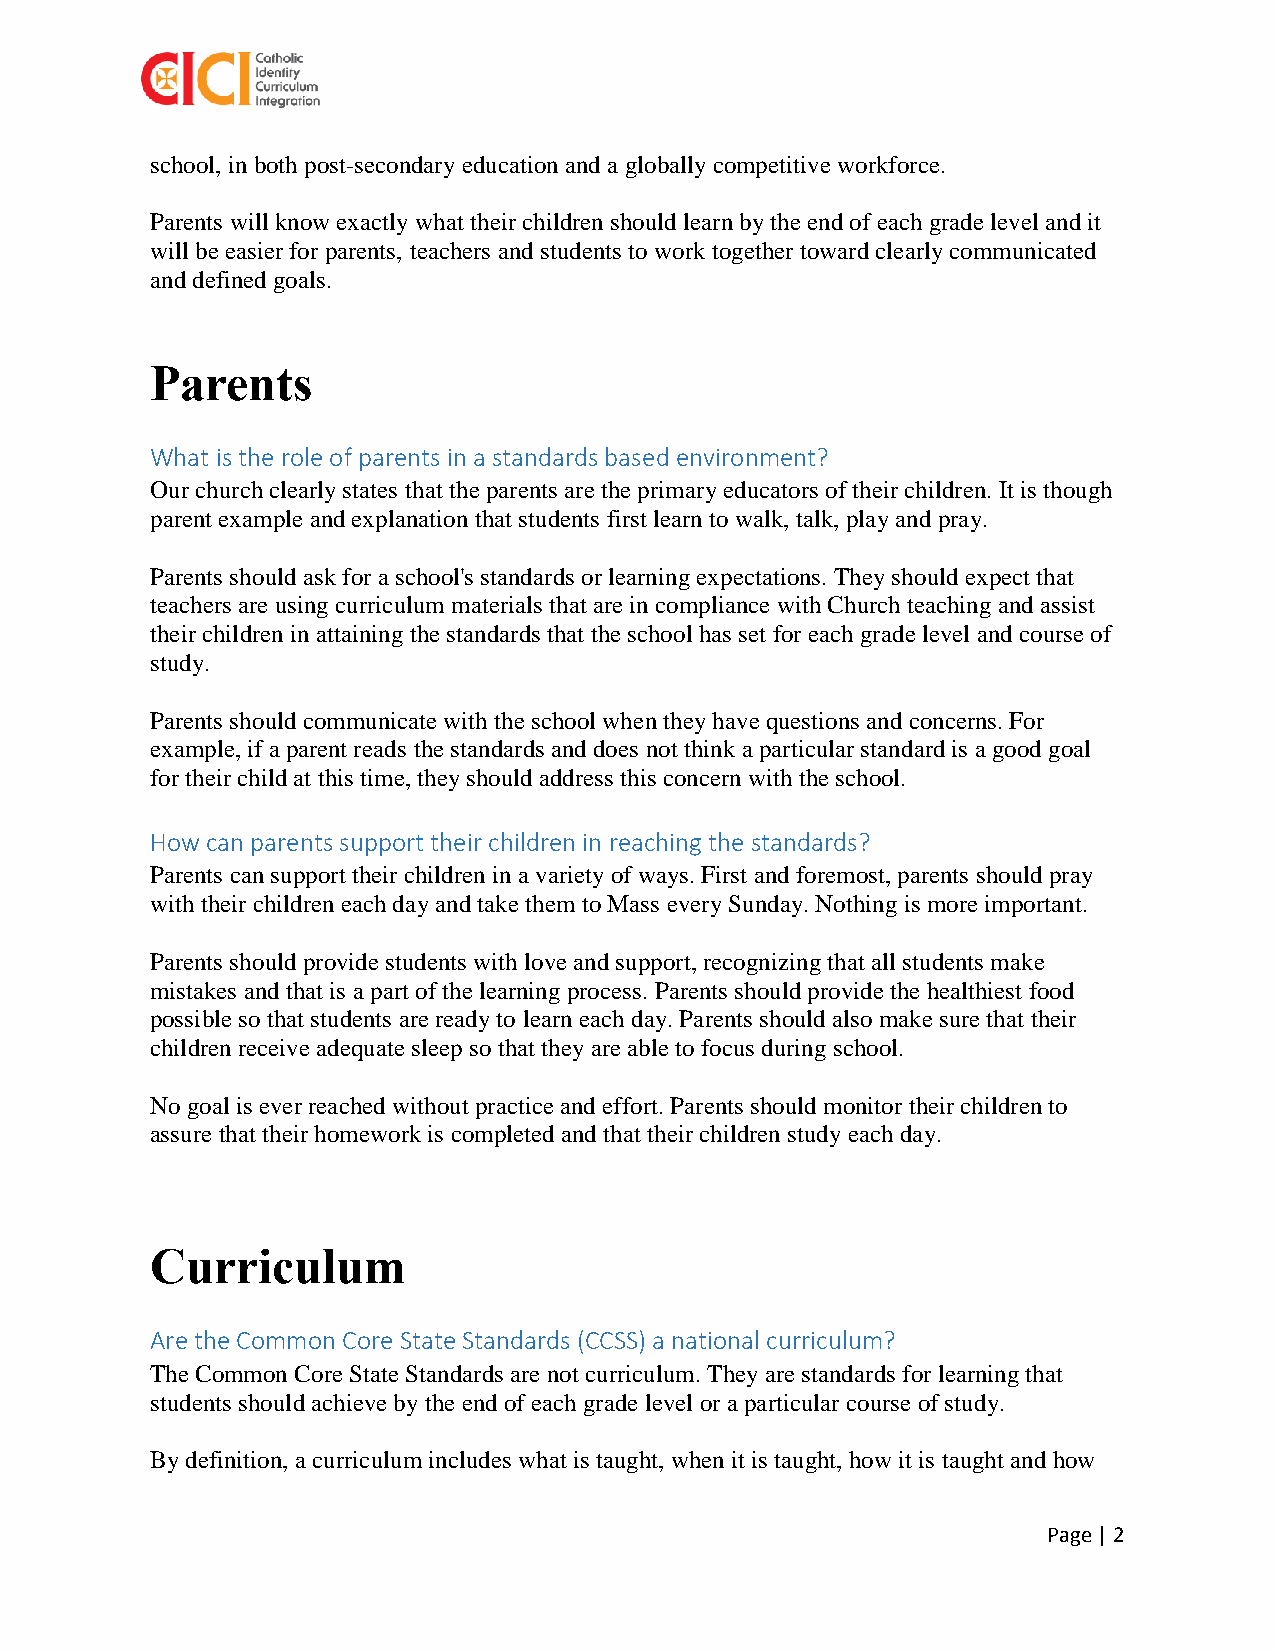
school, in both post-secondary education and a globally competitive workforce.
 Parents will know exactly what their children should learn by the end of each grade level and it
 will be easier for parents, teachers and students to work together toward clearly communicated
 and defined goals.
 Parents
 What is the role of parents in a standards based environment?
 Our church clearly states that the parents are the primary educators of their children. It is though
 parent example and explanation that students first learn to walk, talk, play and pray.
 Parents should ask for a school's standards or learning expectations. They should expect that
 teachers are using curriculum materials that are in compliance with Church teaching and assist
 their children in attaining the standards that the school has set for each grade level and course of
 study.
 Parents should communicate with the school when they have questions and concerns. For
 example, if a parent reads the standards and does not think a particular standard is a good goal
 for their child at this time, they should address this concern with the school.
 How can parents support their children in reaching the standards?
 Parents can support their children in a variety of ways. First and foremost, parents should pray
 with their children each day and take them to Mass every Sunday. Nothing is more important.
 Parents should provide students with love and support, recognizing that all students make
 mistakes and that is a part of the learning process. Parents should provide the healthiest food
 possible so that students are ready to learn each day. Parents should also make sure that their
 children receive adequate sleep so that they are able to focus during school.
 No goal is ever reached without practice and effort. Parents should monitor their children to
 assure that their homework is completed and that their children study each day.
 Curriculum
 Are the Common Core State Standards (CCSS) a national curriculum?
 The Common Core State Standards are not curriculum. They are standards for learning that
 students should achieve by the end of each grade level or a particular course of study.
 By definition, a curriculum includes what is taught, when it is taught, how it is taught and how
 Page | 2